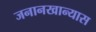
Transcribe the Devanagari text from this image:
जनानखान्यास